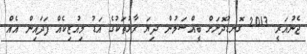
ޖެނުއަރީ 2013 ގޮނޑުދޮށަށް ބީއްސަމުން ދިޔަ ރާޅުތަކުގެ އަޑު މިއުޒިކެއް ފަދައިން އެއް